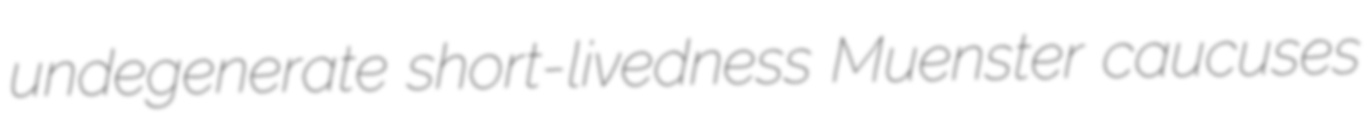
undegenerate short-livedness Muenster caucuses